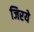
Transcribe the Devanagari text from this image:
जिरये